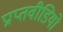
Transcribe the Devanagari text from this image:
प्राप्तवीडियो